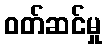
ဝတ်ဆင်မှု